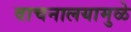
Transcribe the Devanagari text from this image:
वाचनालयामुळे